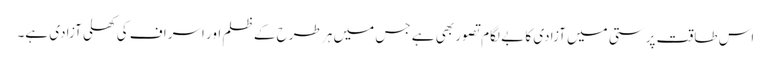
اس طاقت پرستی میں آزادی کا بے لگام تصور بھی ہے جس میں ہر طرح کے ظلم اور اسراف کی کھلی آزادی ہے۔